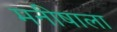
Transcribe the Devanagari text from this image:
मनीषाला